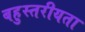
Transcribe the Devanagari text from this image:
बहुस्तरीयता